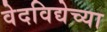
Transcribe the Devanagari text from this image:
वेदविद्येच्या